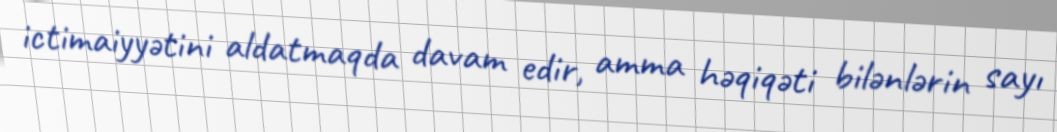
ictimaiyyətini aldatmaqda davam edir, amma həqiqəti bilənlərin sayı